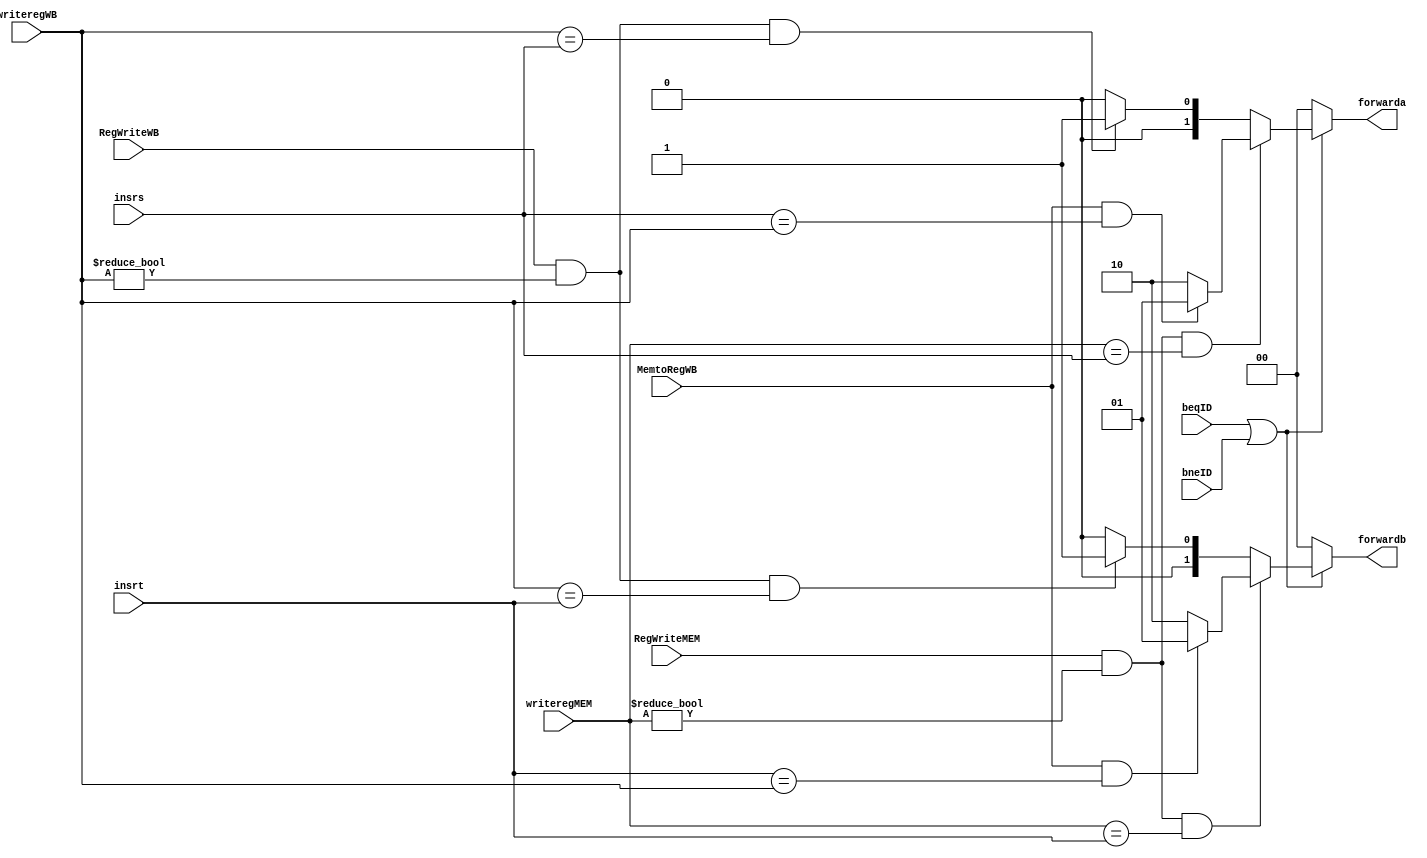
`timescale 1ns / 1ps
//////////////////////////////////////////////////////////////////////////////////
// Company: 
// Engineer: 
// 
// Design Name: 
// Module Name:    Forward2 
// Project Name: 
// Target Devices: 
// Tool versions: 
// Description: 
//
// Dependencies: 
//
// Revision: 
// Revision 0.01 - File Created
// Additional Comments: 
//
//////////////////////////////////////////////////////////////////////////////////
module Forward2 (writeregMEM,writeregWB,insrs,insrt,RegWriteMEM,RegWriteWB,forwarda,forwardb,MemtoRegWB,beqID,bneID);
input [4:0] writeregMEM;
input [4:0] writeregWB;
input [4:0] insrs;
input [4:0] insrt;
input RegWriteMEM;
input RegWriteWB;
input MemtoRegWB;
input beqID,bneID;
output reg [1:0] forwarda;
output reg [1:0] forwardb;
always @(*) begin
if(beqID||bneID) begin
begin
if ((RegWriteMEM && writeregMEM!=0)&&(writeregMEM==insrs))
begin
if (MemtoRegWB && insrs==writeregWB)
begin
forwarda=2'b01;
end
else forwarda=2'b10;
end
else if ((RegWriteWB && writeregWB!=0)&&(writeregWB==insrs))
begin
forwarda=2'b01;
end
else begin
forwarda=2'b00;
end	
if ((RegWriteMEM && writeregMEM!=0)&&(writeregMEM==insrt))
begin
if (MemtoRegWB && insrt==writeregWB)
begin
forwardb=2'b01;
end
else forwardb=2'b10;
end
else if ((RegWriteWB && writeregWB!=0)&&(writeregWB==insrt))
begin
forwardb=2'b01;
end
else begin
forwardb=2'b00;
end
end
end
else begin
forwarda=2'b00;
forwardb=2'b00;
end
end

endmodule